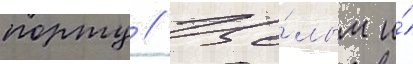
порту // Це́лым и́